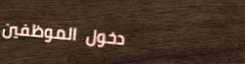
دخول الموظفين